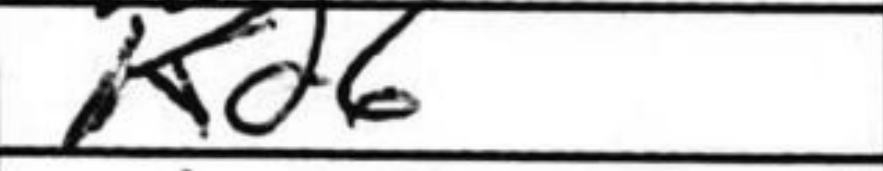
Transcription: Kd6